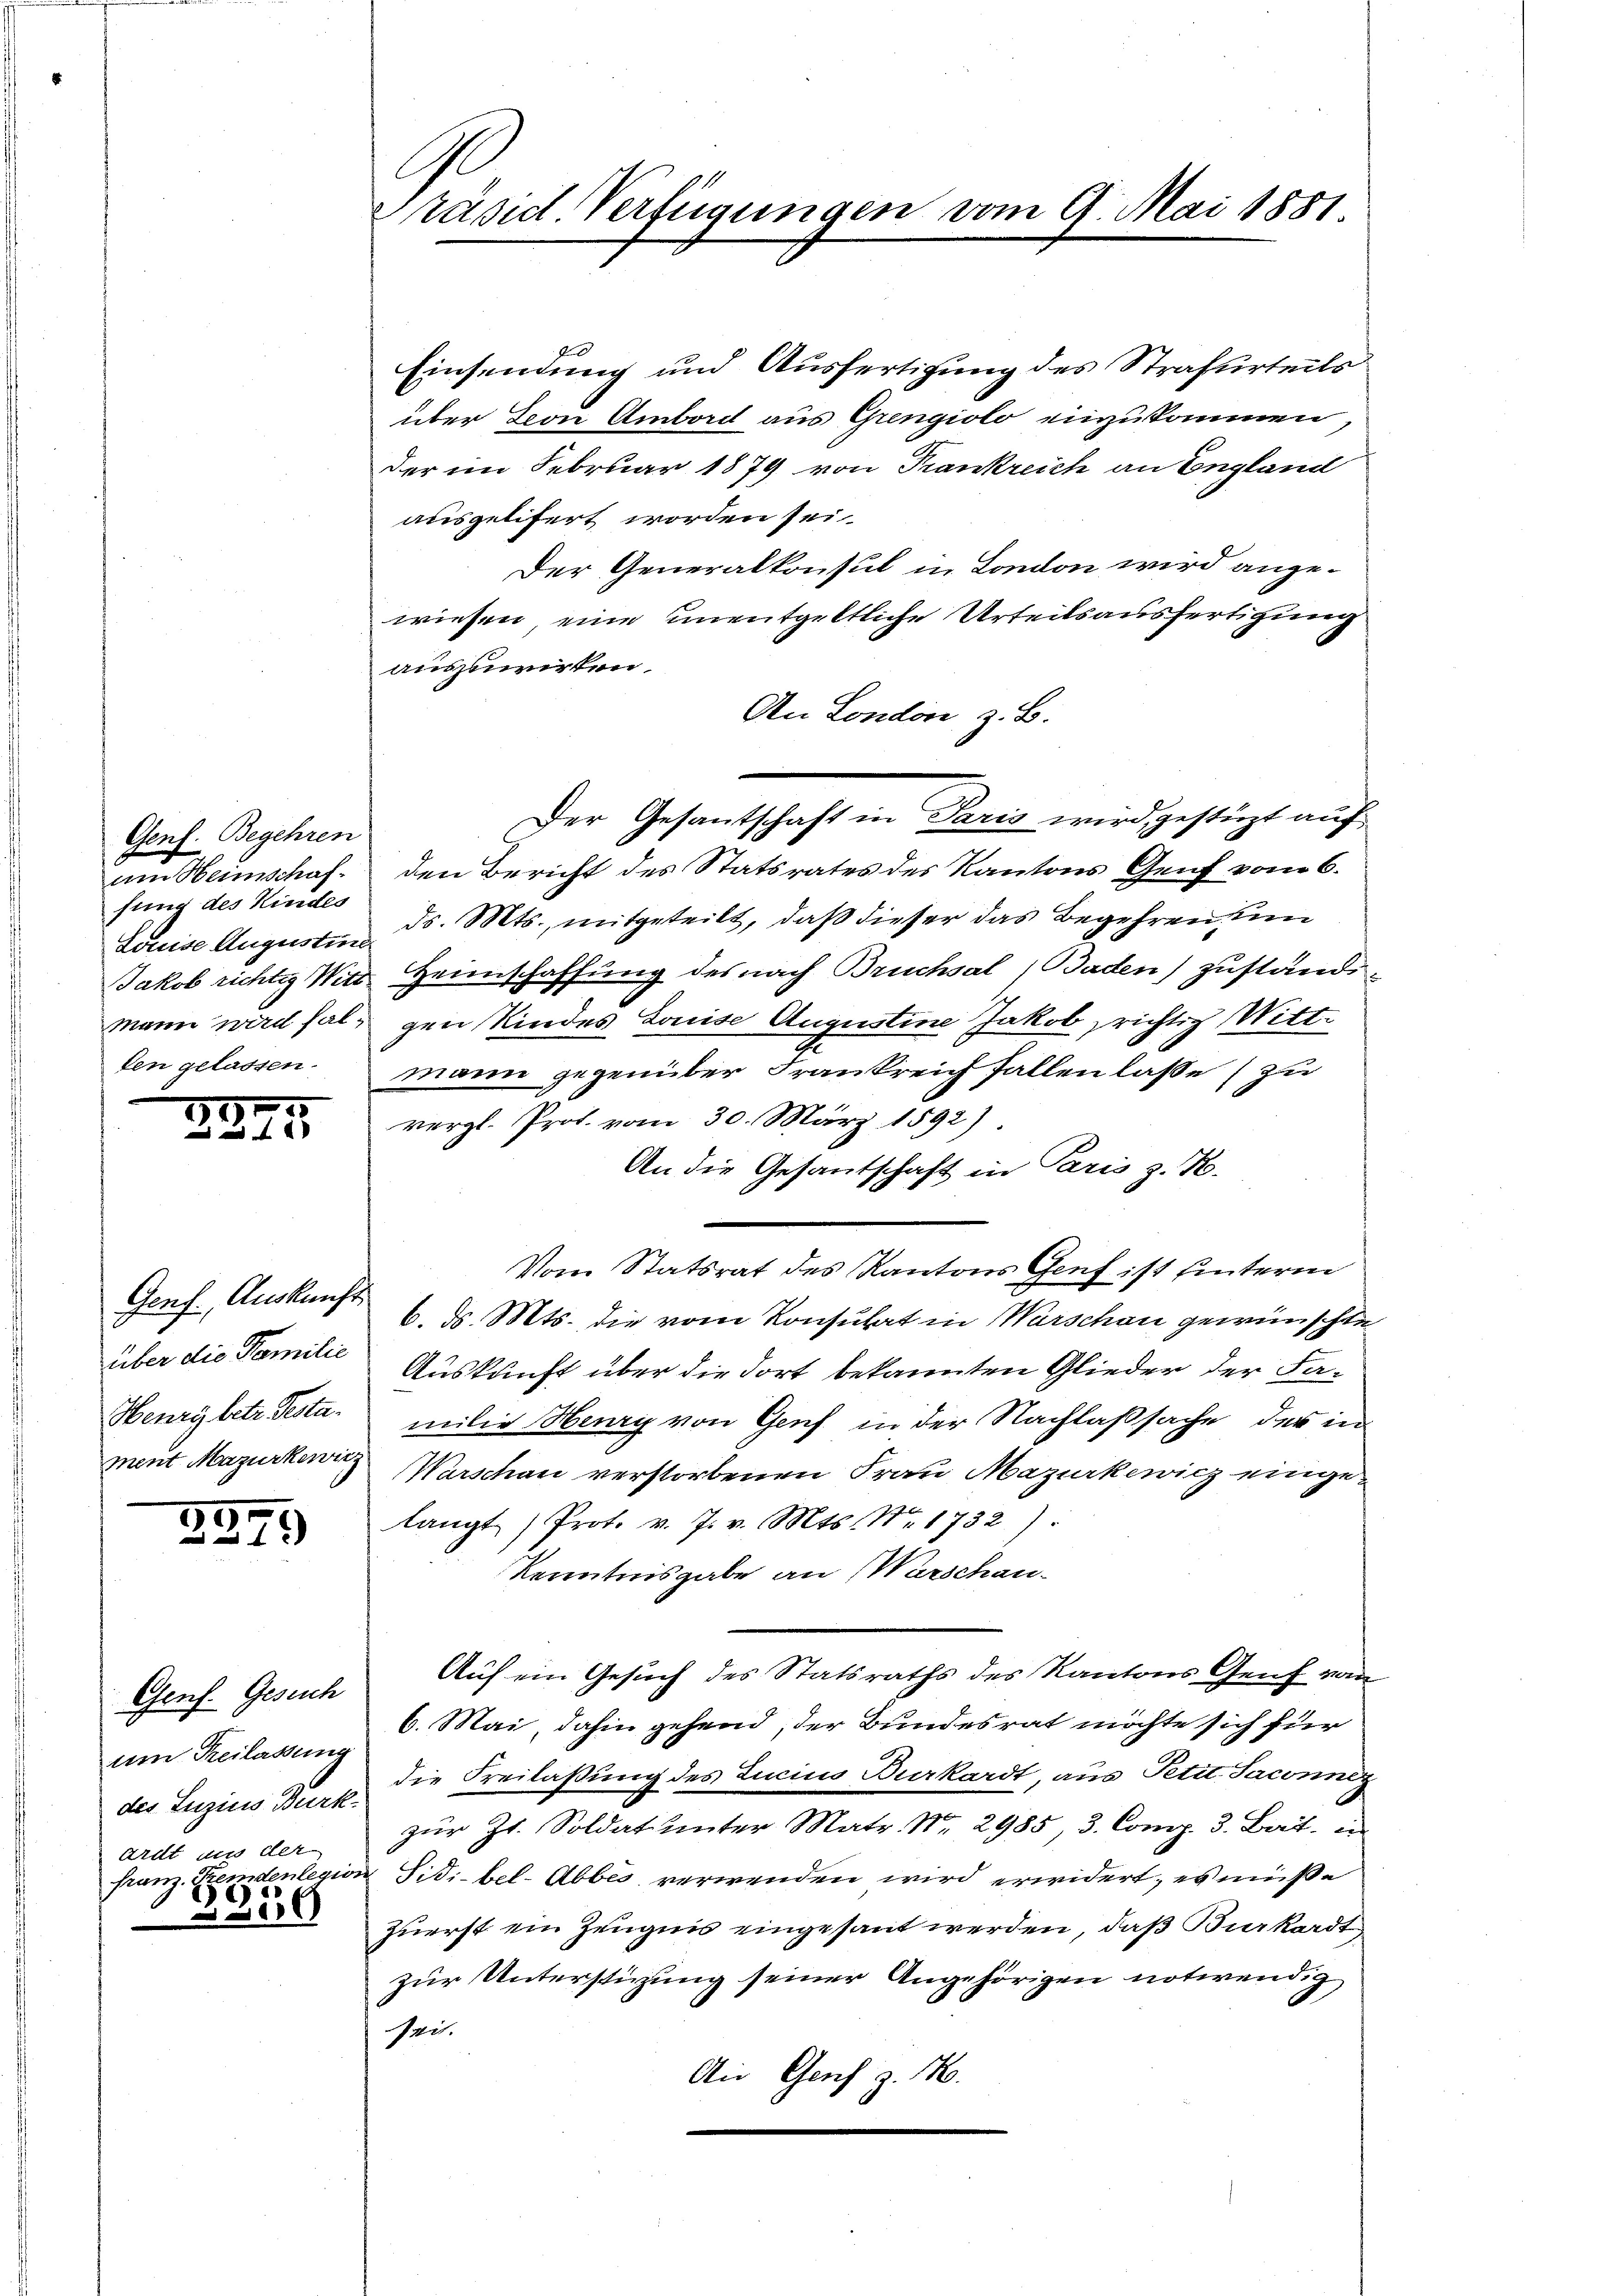
Gent. Begehren
Den Heimschaf
fung des Kindes
Louise Augustin
Jakob richtig Witz
Mann wird falden gelassen.

2245.

Genf. Auskunft
über die Familie
Henry betr. Pesta
ment Mazurkewic

5
31.

Genf. Gesuch
um Freilassung
des Luzius Burk
Ardt aus der
franz. Fremdenlegu
e

e

Präsid. Verfügungen vom 9. Mai 1881

P
Einsendung und Ausfertigung des Strafurteils
über Leon Ambord aus Grengiolo einzukommen
der im Februar 1879 von Trankreich an England
ausgelitert worden sei.
Der Generalkonsul in London wird angewiesen, eine unentgeltliche Urteilsausfertigung
auszuwirken.
An London z. B.
Der Gesandtschaft in Paris wird gestüzt auf
den Bericht des Statsrates des Kantons Genf vom 6.
ds. Mts., mitgeteilt, daß dieser das Begehren un
Heimschaffung des nach Bruchsal (Baden) zuständigen Kindes Louise Augustine Jakob richtig Wittmann gegenüber Frankreich fallen lasse zu
vergl. Prof. vom 30. März 1892).
An die Gesantschaft in Paris z. K.
Vom Statsrat des Kantons Genf ist unterm
6. d. Mts. die vom Konsulat in Warschon gewünschte
Auskunft über die dort bekannten Glieder der Familie Herry von Genf in der Nachlaßsache des in
Warschen verstorbenen Frau Mazuerkewicz einget
langt Prot. v. J. v. Mts. Nr. 1732).
Kenntnisgabe an Warschau-
Auf ein Gesuch des Statsraths des Kantons Genf von
6. Mai, dahin gehend, der Bundesrat möchte sich für
die Freilaßung des Lucius Burkardt aus Petit. Saconnig
zŭr Zt. Soldat unter Matr. Nr. 2985, 3. Comp. 3. Bat. in
Sitibel-Abbes verwenden wird erwidert, es müße
zuerst ein Zeugnis eingesant werden, daß Birkardt
zur Unterstüzung seiner Angehörigen notwendig
Zeit.
Ain Genf z. B.